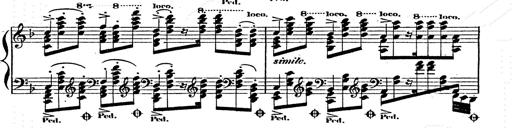
Title: Franz Schuberts geistliche Lieder
Composer: Franz Liszt